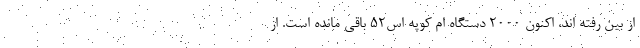
از بین رفته اند، اکنون 2000 دستگاه ام کوپه اس52 باقی مانده است. از